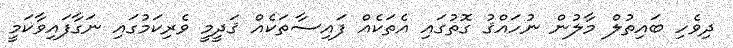
ދިވެހި ބައިތުލް މާލުން ނުހައްޤު ގޮތުގައި އެތަކެއް ފައިސާތަކެއް ޤަދީމީ ވެރިކަމުގައި ނަގާފައިވާކަމީ